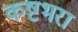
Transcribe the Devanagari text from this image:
कष्टभरा